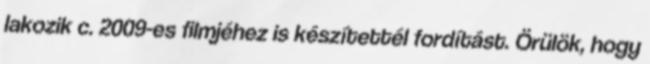
lakozik c. 2009-es filmjéhez is készítettél fordítást. Örülök, hogy